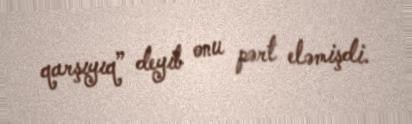
qarşıyıq” deyib onu pərt eləmişdi.